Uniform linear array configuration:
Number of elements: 12
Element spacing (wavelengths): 0.75
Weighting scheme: cosine
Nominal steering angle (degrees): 30
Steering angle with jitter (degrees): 31.598
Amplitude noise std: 0.05
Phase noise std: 0.05

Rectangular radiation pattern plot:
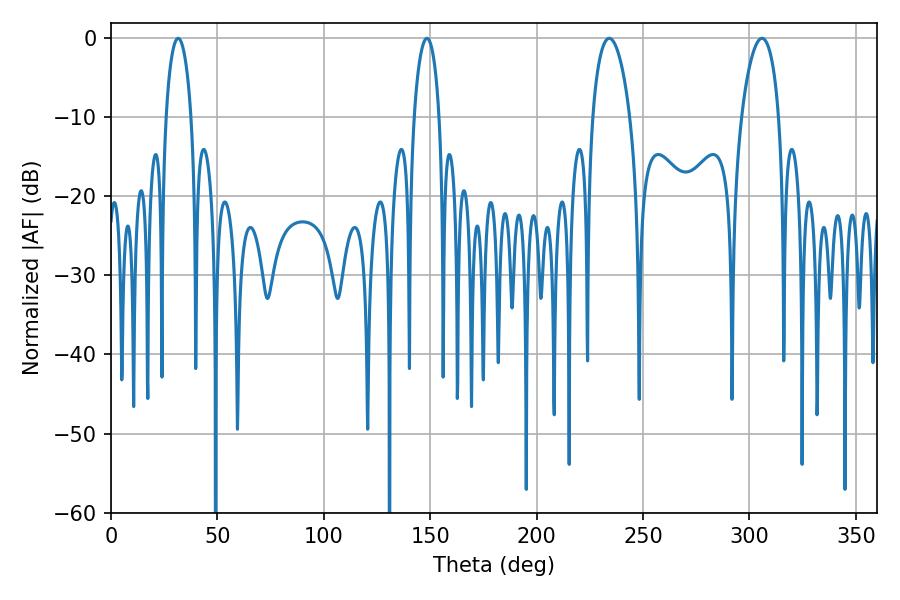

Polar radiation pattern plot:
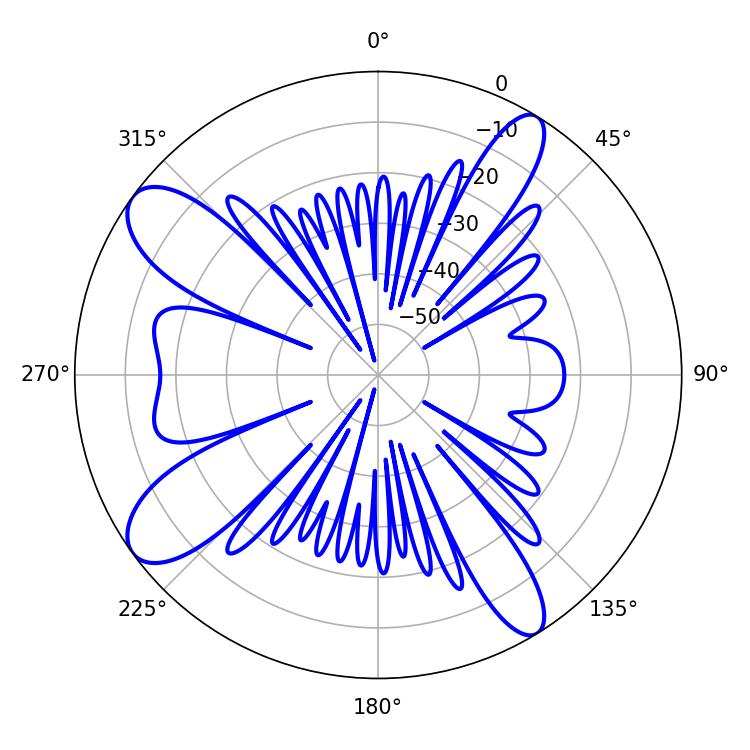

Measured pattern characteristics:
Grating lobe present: TRUE
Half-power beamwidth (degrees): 6.66
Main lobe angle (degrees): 31.5